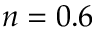
n = 0 . 6